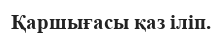
Қаршығасы қаз іліп.